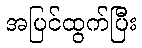
အပြင်ထွက်ပြီး